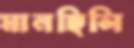
মানছিলি